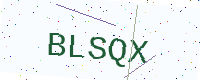
Text: BLSQX